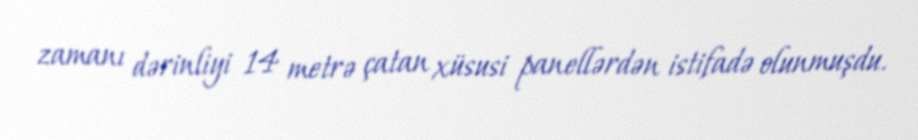
zamanı dərinliyi 14 metrə çatan xüsusi panellərdən istifadə olunmuşdu.